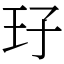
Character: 㺭